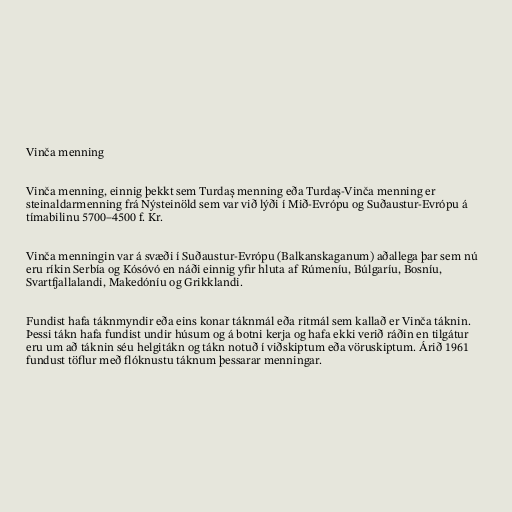
Vinča menning

Vinča menning, einnig þekkt sem Turdaș menning eða Turdaș-Vinča menning er
steinaldarmenning frá Nýsteinöld sem var við lýði í Mið-Evrópu og Suðaustur-Evrópu á
tímabilinu 5700–4500 f. Kr.

Vinča menningin var á svæði í Suðaustur-Evrópu (Balkanskaganum) aðallega þar sem nú
eru ríkin Serbía og Kósóvó en náði einnig yfir hluta af Rúmeníu, Búlgaríu, Bosníu,
Svartfjallalandi, Makedóníu og Grikklandi.

Fundist hafa táknmyndir eða eins konar táknmál eða ritmál sem kallað er Vinča táknin.
Þessi tákn hafa fundist undir húsum og á botni kerja og hafa ekki verið ráðin en tilgátur
eru um að táknin séu helgitákn og tákn notuð í viðskiptum eða vöruskiptum. Árið 1961
fundust töflur með flóknustu táknum þessarar menningar.